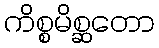
ကိစ္စမိစ္ဆတော